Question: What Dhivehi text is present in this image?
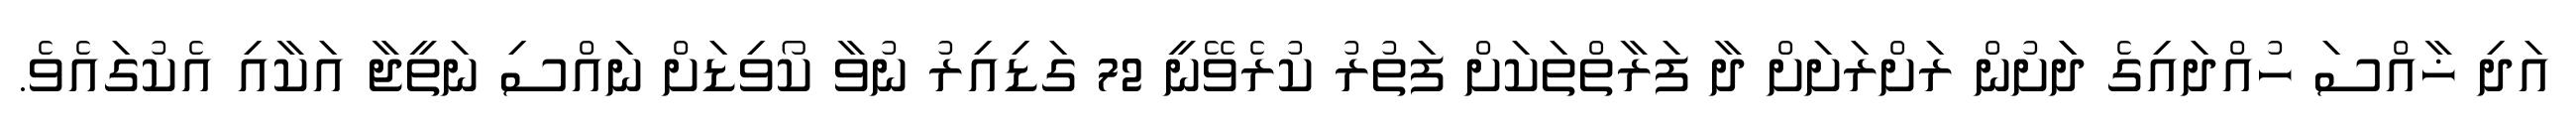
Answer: އަދި ޚާއްސަ ހުއްދައިގެ ދަަށުން ރަށްރަށަށް ދާ ފަރާތްތަކަށް ފަތުރު ކުރެވޭނީ 72 ގަޑިއިރު ނުވާ ކޯވިޑަށް ނައްސި ނަތީޖާ އަކާއި އެކުގައެވެ.